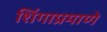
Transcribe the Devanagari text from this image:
शिंगाप्रमाणे